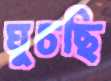
ঘুচছি